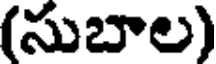
(సుబాల)